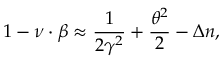
1 - \boldsymbol { \nu } \cdot \boldsymbol { \beta } \approx \frac { 1 } { 2 \gamma ^ { 2 } } + \frac { \theta ^ { 2 } } { 2 } - \Delta n ,